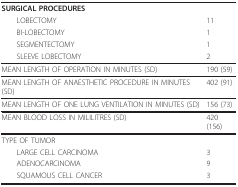
| SURGICAL PROCEDURES |  |
 | LOBECTOMY | 11 |
 | BI-LOBECTOMY | 1 |
 | SEGMENTECTOMY | 1 |
 | SLEEVE LOBECTOMY | 2 |
 | --- | --- |
 | MEAN LENGTH OF OPERATION IN MINUTES (SD) | 190 (59) |
 | MEAN LENGTH OF ANAESTHETIC PROCEDURE IN MINUTES (SD) | 402 (91) |
 | MEAN LENGTH OF ONE LUNG VENTILATION IN MINUTES (SD) | 156 (73) |
 | MEAN BLOOD LOSS IN MILILITRES (SD) | 420 (156) |
 | TYPE OF TUMOR |  |
 | LARGE CELL CARCINOMA | 3 |
 | ADENOCARCINOMA | 9 |
 | SQUAMOUS CELL CANCER | 3 |